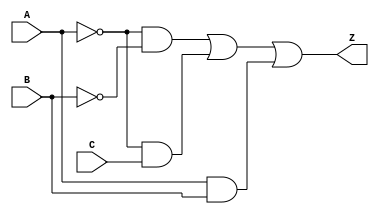
module prime_implicants (
    input wire A,
    input wire B,
    input wire C,
    output wire Z
);

// Define the prime implicants for the function.
// For example, let's consider Z = A'B' + A'C + AB (just an example function)
wire A_not, B_not, C_not;

// Invert the inputs
not (A_not, A);
not (B_not, B);
not (C_not, C);

// Define the product terms (AND gates)
wire term1, term2, term3;

// Term 1: A'B' (A NOT AND B NOT)
and (term1, A_not, B_not);

// Term 2: A'C (A NOT AND C)
and (term2, A_not, C);

// Term 3: AB (A AND B)
and (term3, A, B);

// Combine the product terms using an OR gate
or (Z, term1, term2, term3);

endmodule